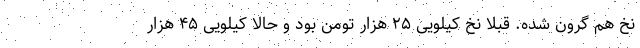
نخ هم گرون شده. قبلا نخ کیلویی ۲۵ هزار تومن بود و حالا کیلویی ۴۵ هزار